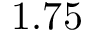
1 . 7 5